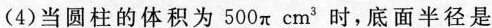
(4)当圆柱的体积为500π cm^{3 }时，底面半径是